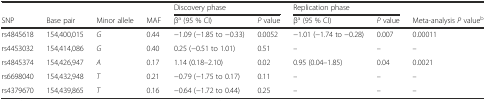
|  |  |  |  | <COLSPAN=2> Discovery phase | <COLSPAN=2> Replication phase |  |
 | SNP | Base pair | Minor allele | MAF | βa (95 % CI) | P value | βa (95 % CI) | P value | Meta-analysis P valueb |
 | --- | --- | --- | --- | --- | --- | --- | --- | --- |
 | rs4845618 | 154,400,015 | G | 0.44 | −1.09 (−1.85 to −0.33) | 0.0052 | −1.01 (−1.74 to −0.28) | 0.007 | 0.00011 |
 | rs4453032 | 154,414,086 | G | 0.40 | 0.25 (−0.51 to 1.01) | 0.51 | – | – | – |
 | rs4845374 | 154,426,947 | A | 0.17 | 1.14 (0.18–2.10) | 0.02 | 0.95 (0.04–1.85) | 0.04 | 0.0021 |
 | rs6698040 | 154,432,948 | T | 0.21 | −0.79 (−1.75 to 0.17) | 0.11 | – | – | – |
 | rs4379670 | 154,439,865 | T | 0.16 | −0.64 (−1.72 to 0.44) | 0.25 | – | – | – |